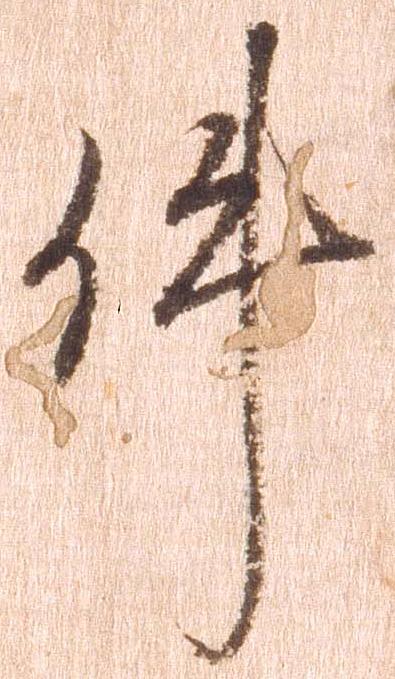
件